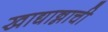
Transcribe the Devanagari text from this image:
खाद्यान्नाची